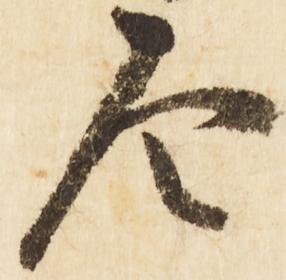
令